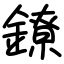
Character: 鐐